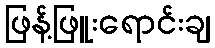
ဖြန့်ဖြူးရောင်းချ